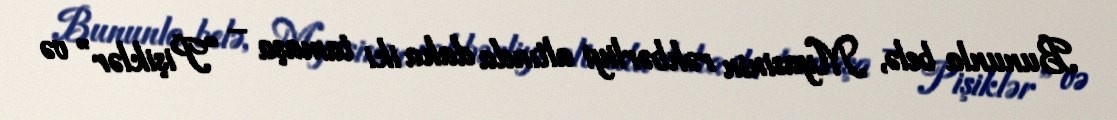
Bununla belə, Myasinin rəhbərliyi altında daha iki tamaşa – “Pişiklər” və